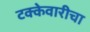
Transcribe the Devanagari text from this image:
टक्केवारीचा